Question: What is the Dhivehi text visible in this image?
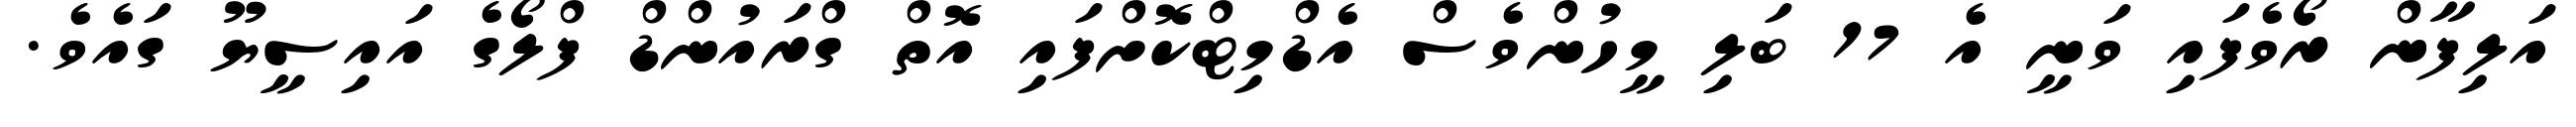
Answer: އަލިފާން ރޯވެފައި ވަނީ އެ 17 ބަލި މީހުންވެސް އެޑްމިޓްކޮށްފައި އޮތް ގްރައުންޑް ފްލޯގެ އައިސީޔޫ ގައެވެ.